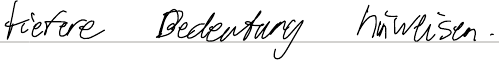
tiefere Bedeutung hinweisen.